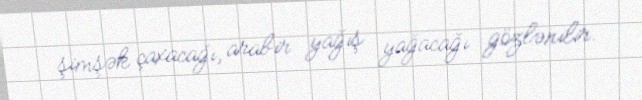
şimşək çaxacağı, arabir yağış yağacağı gözlənilir.